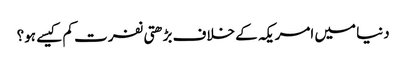
دنیا میں امریکہ کے خلاف بڑھتی نفرت کم کیسے ہو؟